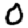
Digit: 0